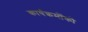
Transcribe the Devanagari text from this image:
कार्यक्रमोंको